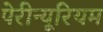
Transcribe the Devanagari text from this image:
पेरीन्यूरियम